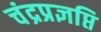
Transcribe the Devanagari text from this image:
चंद्रप्रज्ञप्ति